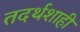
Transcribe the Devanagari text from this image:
तदर्थशाही